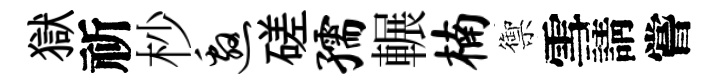
獄祈杪邀磋孺輾楠禦雪請嘗